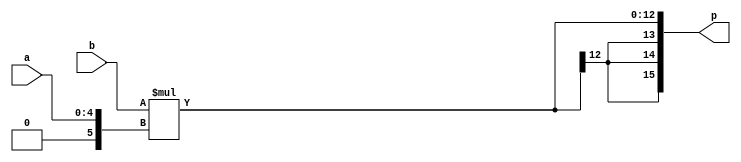
/*
 * Copyright (c) 2003 The ASIC Group (www.asicgroup.com)
 *
 *    This source code is free software; you can redistribute it
 *    and/or modify it in source code form under the terms of the GNU
 *    General Public License as published by the Free Software
 *    Foundation; either version 2 of the License, or (at your option)
 *    any later version.
 *
 *    This program is distributed in the hope that it will be useful,
 *    but WITHOUT ANY WARRANTY; without even the implied warranty of
 *    MERCHANTABILITY or FITNESS FOR A PARTICULAR PURPOSE.  See the
 *    GNU General Public License for more details.
 *
 *    You should have received a copy of the GNU General Public License
 *    along with this program; if not, write to the Free Software
 *    Foundation, Inc., 59 Temple Place - Suite 330, Boston, MA 02111-1307, USA
 */

module mult58s(input [4:0] a, input signed [7:0] b, output signed [15:0] p);

wire signed [12:0] pt;

wire signed [5:0] ta;

assign ta = a;
assign pt =  b * ta;

assign p=pt;

endmodule


module test_mult;

integer a,b, prod;

wire [15:0] p;
mult58s dut(a[4:0], b[7:0], p);

initial begin
   for(a = 0; a < (1<<5); a=a+1 )
     for(b=-127; b<128; b=b+1)
       begin
         prod = a * b;
         #1 if(p !== prod[15:0]) begin
            $display("Error Miscompare with a=%h, b=%h expect = %0d (%h) acutal = %h",
					a[4:0], b[7:0], prod, prod[15:0], p);
            $finish;
         end

       end

   $display("PASSED");
end

endmodule